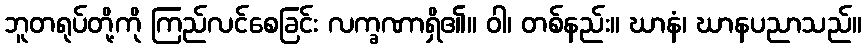
ဘူတရုပ်တို့ကို ကြည်လင်စေခြင်း လက္ခဏာရှိ၏။ ဝါ၊ တစ်နည်း။ ဃာနံ၊ ဃာနပညာသည်။